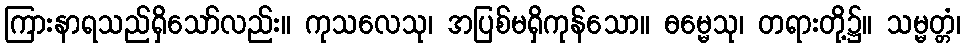
ကြားနာရသည်ရှိသော်လည်း။ ကုသလေသု၊ အပြစ်မရှိကုန်သော။ ဓမ္မေသု၊ တရားတို့၌။ သမ္မတ္တံ၊